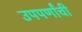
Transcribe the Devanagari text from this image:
उपपर्णांची